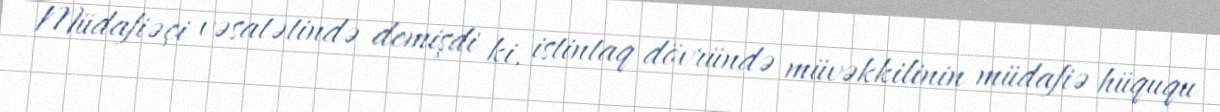
Müdafiəçi vəsatətində demişdi ki, istintaq dövründə müvəkkilinin müdafiə hüququ